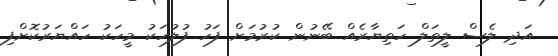
އަދި ލެސް ލީތަލް ހަތިޔާރެއް ބޭނުން ކުރުމަށް ފަހު ފުލުހަކު މީހަކު ހައްޔަރުކޮށްފި